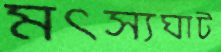
মৎস্যঘাট